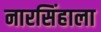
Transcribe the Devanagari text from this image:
नारसिंहाला